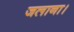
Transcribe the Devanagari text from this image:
जलाना।